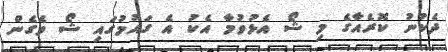
ދެކުނު ކޮރެއާގެ މި ޝޯ އެޅުވުމާ އެކު އެ ގައުމުގައި ޝޯ ވެގެން